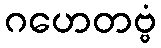
ဂဟေတဗ္ဗံ